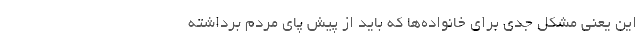
این یعنی مشکل جدی برای خانواده‌ها که باید از پیش پای مردم برداشته